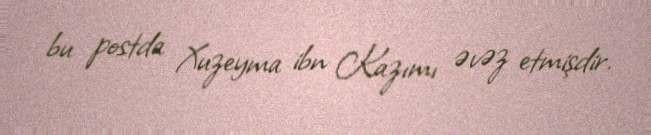
bu postda Xuzeyma ibn Kazımı əvəz etmişdir.